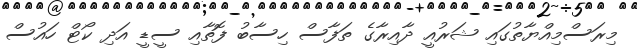
މިރަސްމިއްޔާތުގައި ޝަރުއީ ދާއިރާގެ ތަފާސް ހިސާބު ފޮތާއި ސީޑީ އަދި ކޯޓް ހައުސް